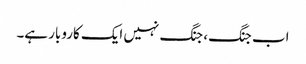
اب جنگ، جنگ نہیں ایک کاروبار ہے۔